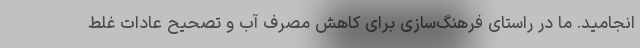
انجامید. ما در راستای فرهنگ‌سازی برای کاهش مصرف آب و تصحیح عادات غلط